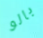
بالو